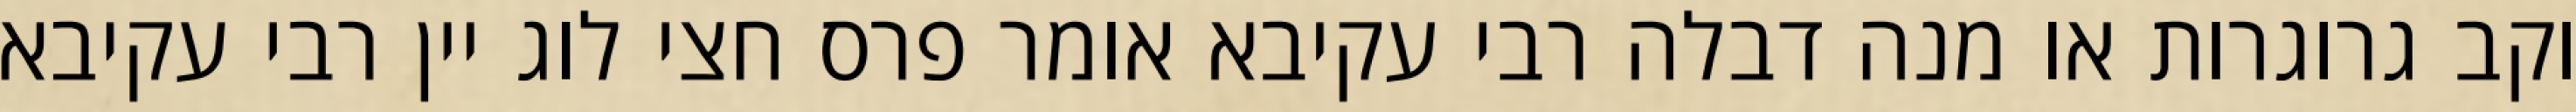
וקב גרוגרות או מנה דבלה רבי עקיבא אומר פרס חצי לוג יין רבי עקיבא